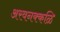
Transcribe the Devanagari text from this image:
अरवनक्कळि